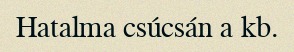
Hatalma csúcsán a kb.